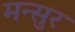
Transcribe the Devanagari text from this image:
मन्सुर